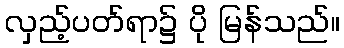
လှည့်ပတ်ရာ၌ ပို မြန်သည်။